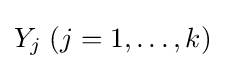
Y_{j}\;(j=1,\dots ,k)